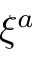
\xi ^ { a }